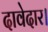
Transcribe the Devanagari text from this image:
दावेदार।